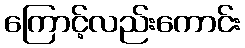
ကြောင့်လည်းကောင်း